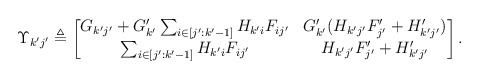
\begin{align*} \Upsilon_{k'j'}\triangleq \begin{bmatrix}G_{k'j'}+G_{k'}'\sum_{i\in [j':k'-1]}H_{k'i}F_{ij'} & G_{k'}'(H_{k'j'}F_{j'}'+H_{k'j'}') \\\sum_{i\in [j':k'-1]}H_{k'i}F_{ij'} & H_{k'j'}F_{j'}'+H_{k'j'}' \end{bmatrix}. \end{align*}